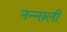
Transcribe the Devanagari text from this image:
नन्नाली